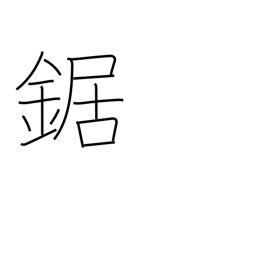
Meaning: saw (cuts wood)